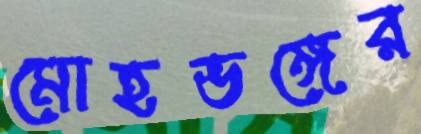
মোহভঙ্গের